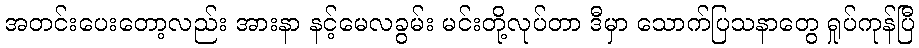
အတင်းပေးတော့လည်း အားနာ နင့်မေလခွမ်း မင်းတို့လုပ်တာ ဒီမှာ သောက်ပြသနာတွေ ရှုပ်ကုန်ပြီ